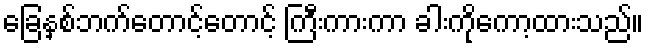
ခြေနှစ်ဘက်တောင့်တောင့် ကြီးကားကာ ခါးကိုကော့ထားသည်။